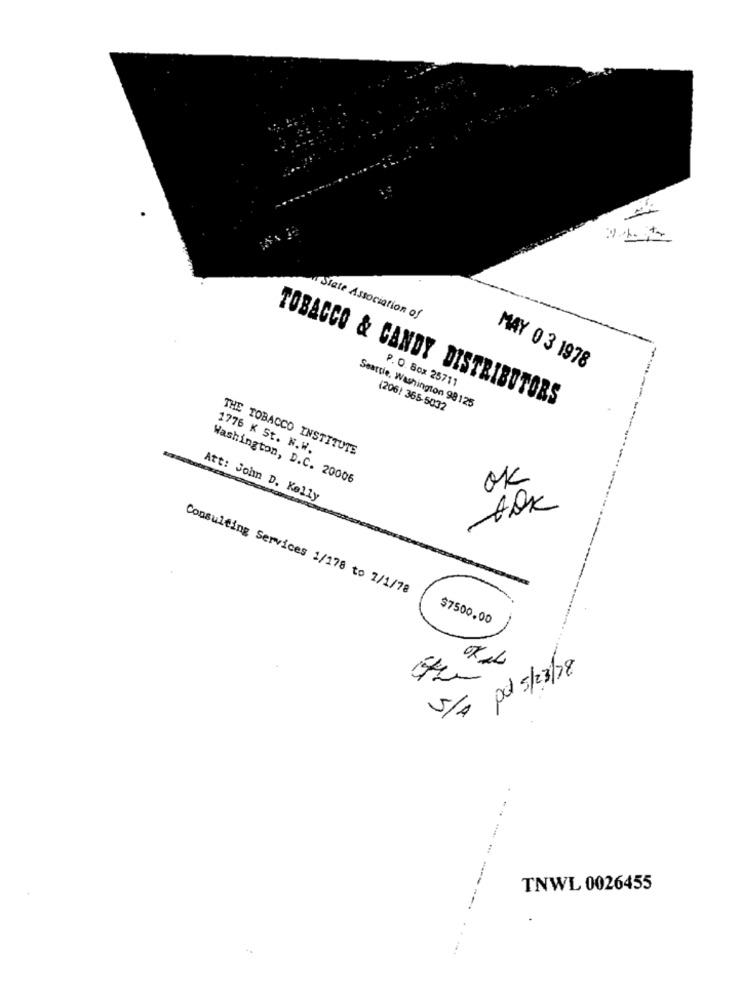
Siate Association of
-
MAY 0 3 1978
P. O. Box 25711
TOBACCO & CANDY DISTRIBUTORS
Seattle, Washington 98125
(206) 365-5032
1776 K St. N.W.
THE TOBACCO INSTITUTE
Washington, D.C. 20006
ok
Att: John D. Kelly
Aok
Consulting Services 1/178 to 1/1/78
$7500.00
V/ pd 5/23/18
TNWL 0026455